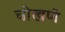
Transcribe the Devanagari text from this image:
चोखणे